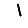
Digit: 1